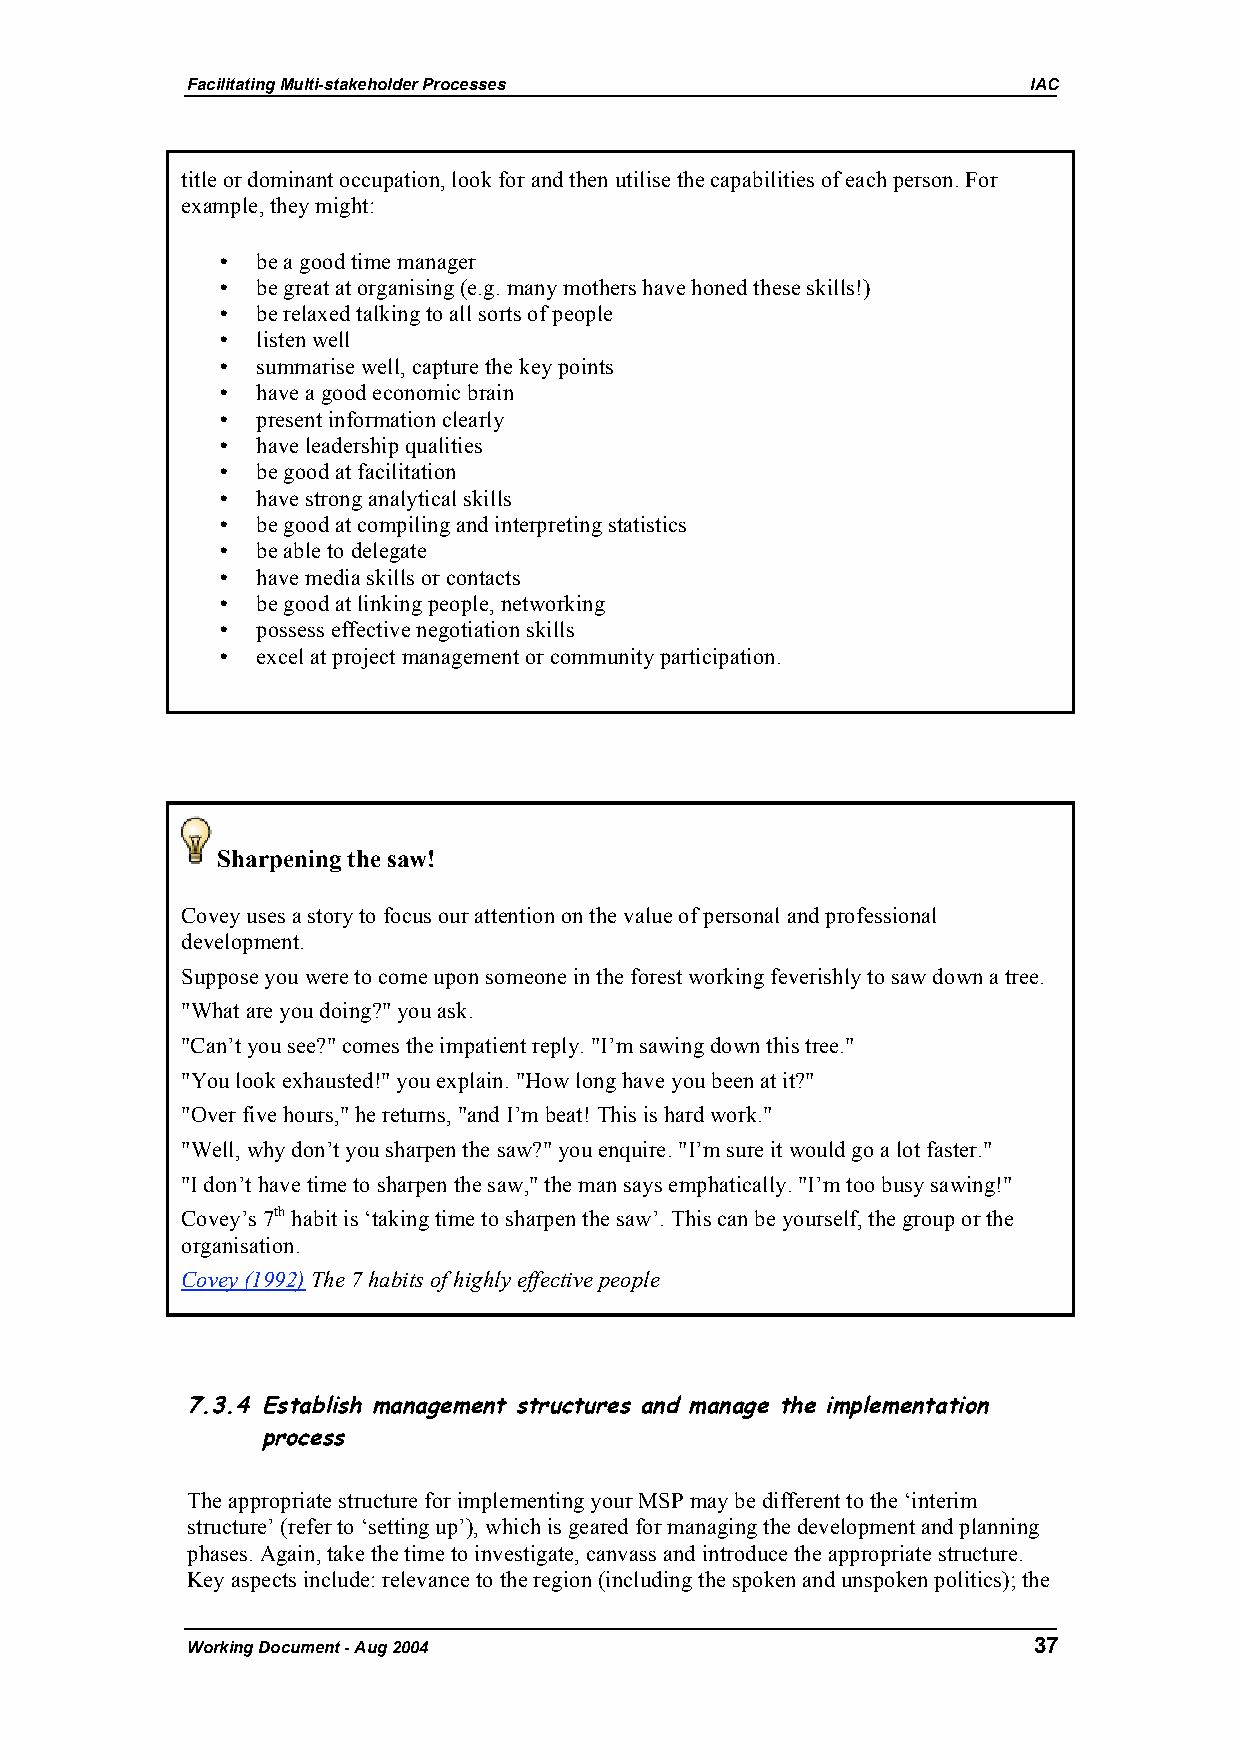
Facilitating Multi-stakeholder Processes                IAC
 title or dominant occupation, look for and then utilise the capabilities of each person. For
 example, they might:
 •  be a good time manager
 •  be great at organising (e.g. many mothers have honed these skills!)
 •  be relaxed talking to all sorts of people
 •  listen well
 •  summarise well, capture the key points
 •  have a good economic brain
 •  present information clearly
 •  have leadership qualities
 •  be good at facilitation
 •  have strong analytical skills
 •  be good at compiling and interpreting statistics
 •  be able to delegate
 •  have media skills or contacts
 •  be good at linking people, networking
 •  possess effective negotiation skills
 •  excel at project management or community participation.
 Sharpening the saw!
 Covey uses a story to focus our attention on the value of personal and professional
 development.
 Suppose you were to come upon someone in the forest working feverishly to saw down a tree.
 "What are you doing?" you ask.
 "Can’t you see?" comes the impatient reply. "I’m sawing down this tree."
 "You look exhausted!" you explain. "How long have you been at it?"
 "Over five hours," he returns, "and I’m beat! This is hard work."
 "Well, why don’t you sharpen the saw?" you enquire. "I’m sure it would go a lot faster."
 "I don’t have time to sharpen the saw," the man says emphatically. "I’m too busy sawing!"
 Covey’s 7th habit is ‘taking time to sharpen the saw’. This can be yourself, the group or the
 organisation.
 Covey (1992) The 7 habits of highly effective people
 7.3.4 Establish management structures and manage the implementation
 process
 The appropriate structure for implementing your MSP may be different to the ‘interim
 structure’ (refer to ‘setting up’), which is geared for managing the development and planning
 phases. Again, take the time to investigate, canvass and introduce the appropriate structure.
 Key aspects include: relevance to the region (including the spoken and unspoken politics); the
 Working Document - Aug 2004                             37